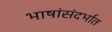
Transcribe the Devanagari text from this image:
भाषांसंदर्भात